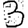
Digit: 3